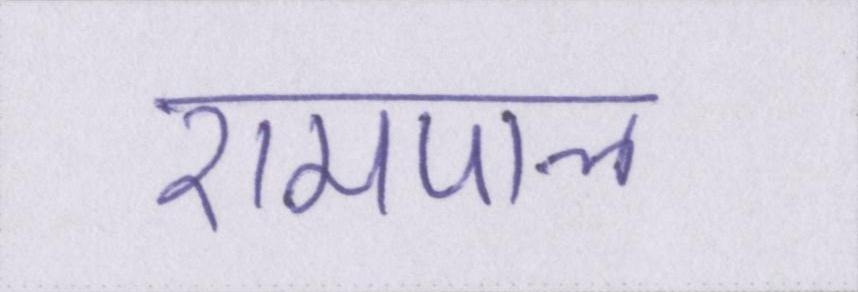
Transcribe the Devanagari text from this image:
रामपाल